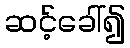
ဆင့်ခေါ်၍